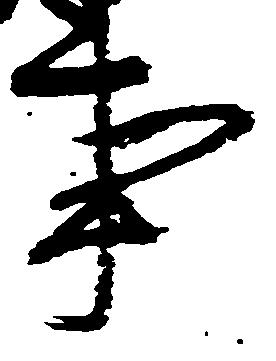
事